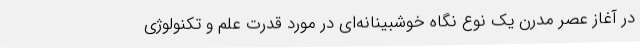
در آغاز عصر مدرن یک نوع نگاه خوشبینانه‌ای در مورد قدرت علم و تکنولوژی